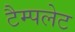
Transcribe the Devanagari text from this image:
टैम्पलेट